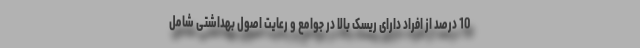
10 درصد از افراد دارای ریسک بالا در جوامع و رعایت اصول بهداشتی شامل